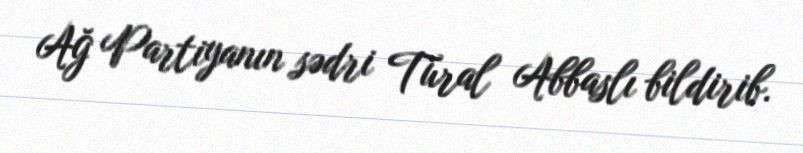
Ağ Partiyanın sədri Tural Abbaslı bildirib.